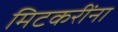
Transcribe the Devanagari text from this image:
मिटकरींना